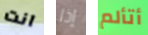
انت إذا أتألم